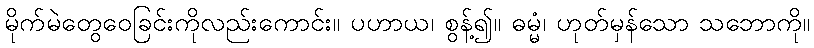
မိုက်မဲတွေဝေခြင်းကိုလည်းကောင်း။ ပဟာယ၊ စွန့်၍။ ဓမ္မံ၊ ဟုတ်မှန်သော သဘောကို။